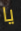
يا